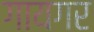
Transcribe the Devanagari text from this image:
गायगर